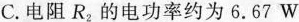
C.电阻R_{2}的电功率约为6.67W